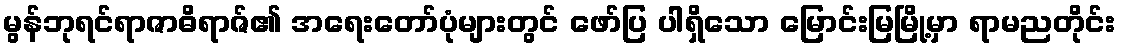
မွန်ဘုရင်ရာဇာဓိရာဇ်၏ အရေးတော်ပုံများတွင် ဖော်ပြ ပါရှိသော မြောင်းမြမြို့မှာ ရာမညတိုင်း